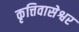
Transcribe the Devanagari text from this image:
कृत्तिवासेश्वर